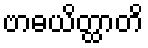
ဗာဓယိတ္ထာတိ